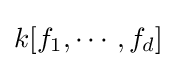
k[f_{1},\cdots ,f_{d}]